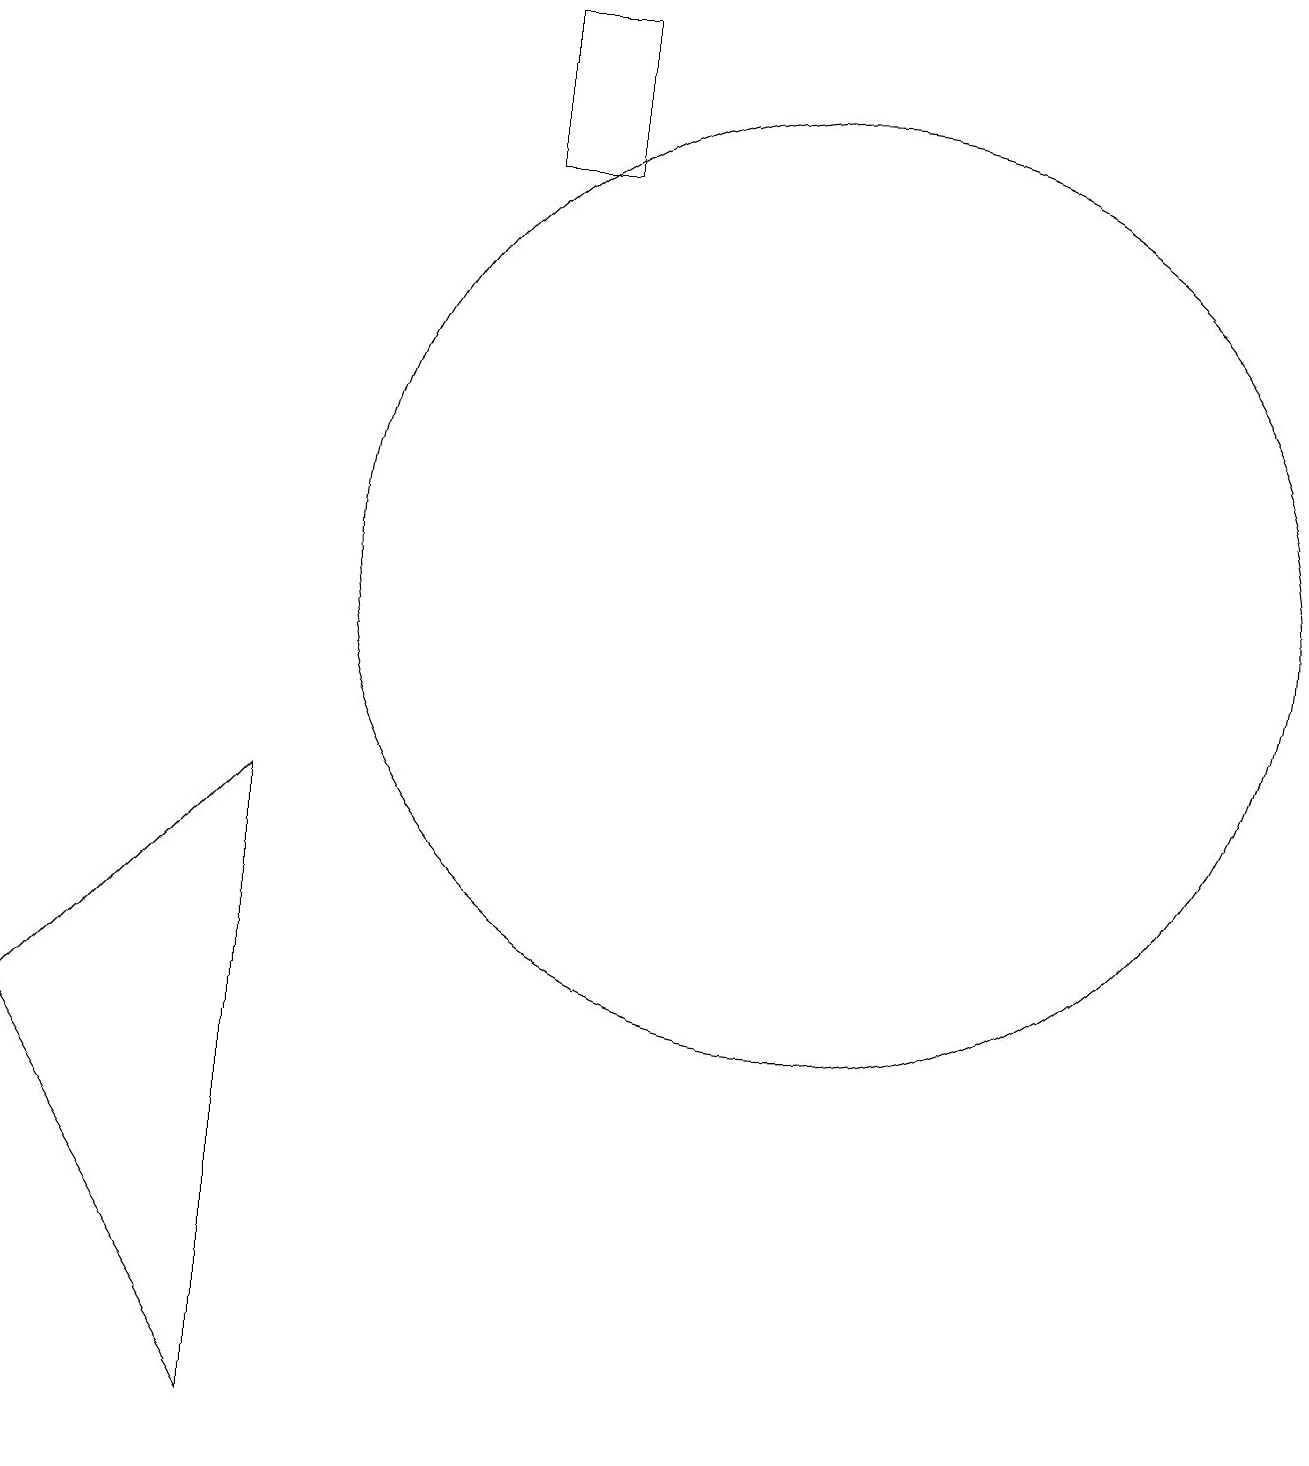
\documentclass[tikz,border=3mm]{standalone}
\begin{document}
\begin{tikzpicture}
\draw (1,5) -- (4,0) -- (4,8) -- cycle;
\draw (7,16) rectangle (8,18);
\draw (11,11) circle (6);
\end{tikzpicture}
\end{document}